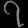
Digit: ၇